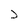
Character: J